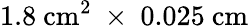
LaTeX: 1.8~\mathrm{{cm}^{2}~\times~0.025~\mathrm{{cm}}}